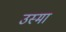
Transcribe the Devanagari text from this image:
उस्मा